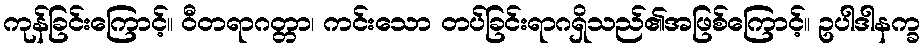
ကုန်ခြင်းကြောင့်။ ဝီတရာဂတ္တာ၊ ကင်းသော တပ်ခြင်းရာဂရှိသည်၏အဖြစ်ကြောင့်။ ဥပါဒါနက္ခ